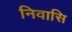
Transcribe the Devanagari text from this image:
निवासि